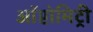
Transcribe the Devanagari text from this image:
ऑप्टोमिट्री